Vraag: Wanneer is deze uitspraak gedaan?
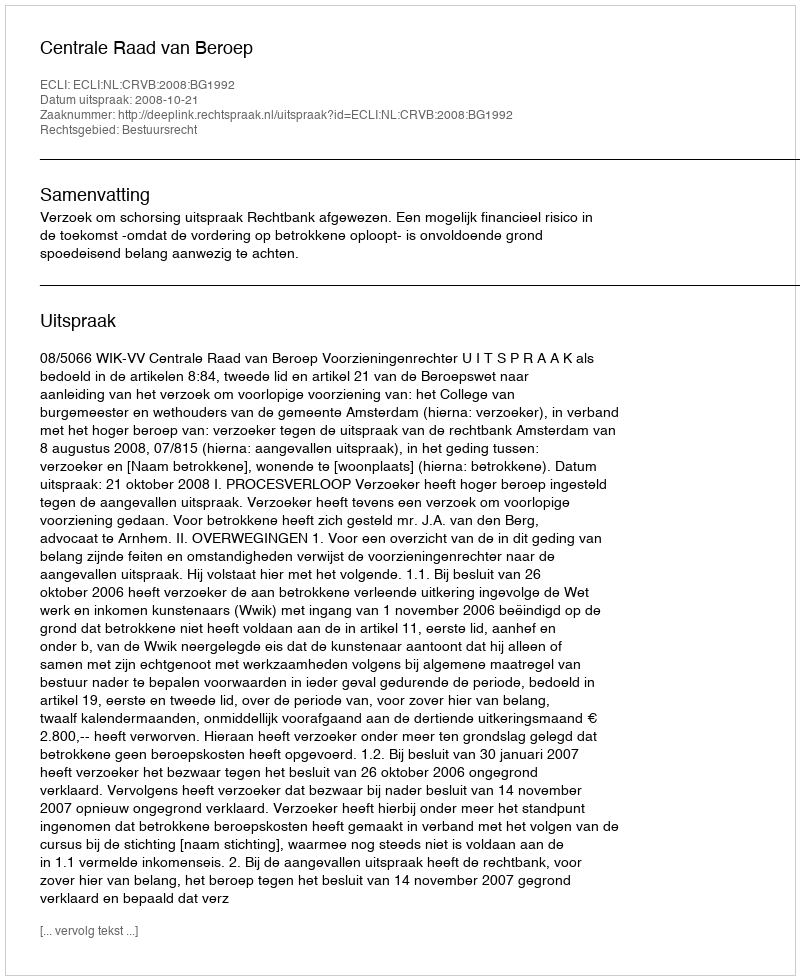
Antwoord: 2008-10-21